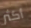
أكثر